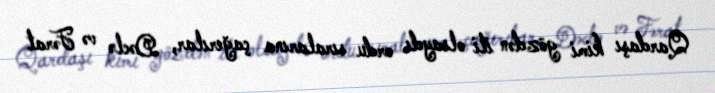
Qardaşı kimi gözdən iti olsaydı ordu sıralarına çağırılar, Dəclə və Fərat